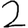
Digit: 2